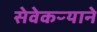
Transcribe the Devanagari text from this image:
सेवेकऱ्याने